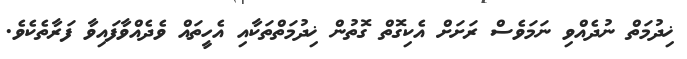
ޚިދުމަތް ނުދެއްވި ނަމަވެސް ރަށަށް އެކިގޮތް ގޮތުން ޚިދުމަތްތަކާއި އެހީތައް ވެދެއްވާފައިވާ ފަރާތެކެވެ.